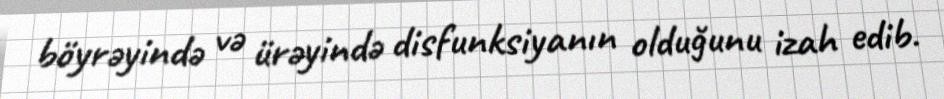
böyrəyində və ürəyində disfunksiyanın olduğunu izah edib.